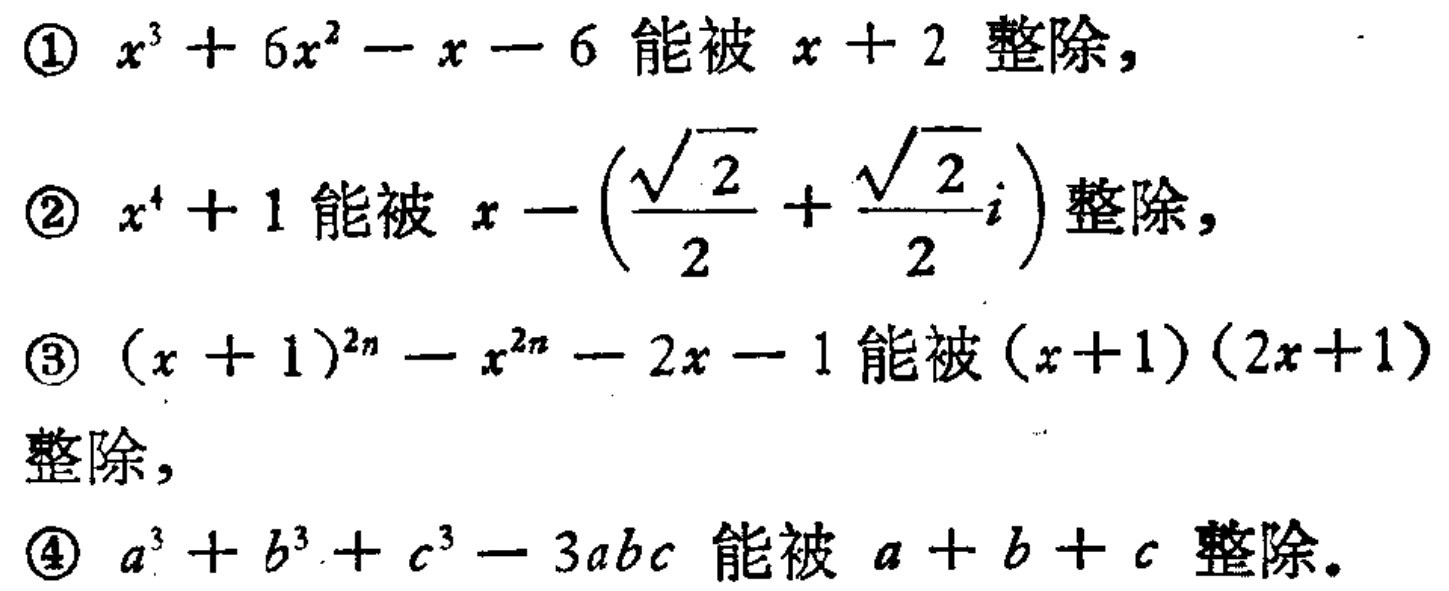
\textcircled{1} \(x^{3}+6x^{2}-x - 6\) 能被 \(x + 2\) 整除，

\textcircled{2} \(x^{4}+1\) 能被 \(x-\left(\frac{\sqrt{2}}{2}+\frac{\sqrt{2}}{2}i\right)\) 整除，

\textcircled{3} \((x + 1)^{2n}-x^{2n}-2x - 1\) 能被 \((x + 1)(2x + 1)\) 整除，

\textcircled{4} \(a^{3}+b^{3}+c^{3}-3abc\) 能被 \(a + b + c\) 整除。